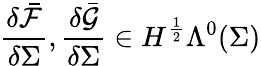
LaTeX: \frac{\delta\bar{\mathcal{F}}}{\delta\Sigma},\frac{\delta\bar{\mathcal{G}}}{\delta\Sigma}\in H^{\frac{1}{2}}\Lambda^{0}(\Sigma)